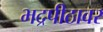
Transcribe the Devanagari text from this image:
भद्रपीठावर